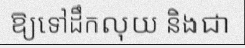
ឱ្យទៅដឹកលុយ និងជា